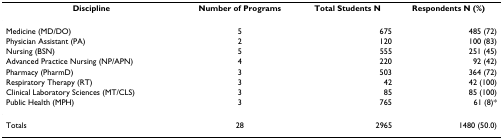
<table><thead><tr><td><b>Discipline</b></td><td><b>Number of Programs</b></td><td><b>Total Students N</b></td><td><b>Respondents N (%)</b></td></tr></thead><tbody><tr><td>Medicine (MD/DO)</td><td>5</td><td>675</td><td>485 (72)</td></tr><tr><td>Physician Assistant (PA)</td><td>2</td><td>120</td><td>100 (83)</td></tr><tr><td>Nursing (BSN)</td><td>5</td><td>555</td><td>251 (45)</td></tr><tr><td>Advanced Practice Nursing (NP/APN)</td><td>4</td><td>220</td><td>92 (42)</td></tr><tr><td>Pharmacy (PharmD)</td><td>3</td><td>503</td><td>364 (72)</td></tr><tr><td>Respiratory Therapy (RT)</td><td>3</td><td>42</td><td>42 (100)</td></tr><tr><td>Clinical Laboratory Sciences (MT/CLS)</td><td>3</td><td>85</td><td>85 (100)</td></tr><tr><td>Public Health (MPH)</td><td>3</td><td>765</td><td>61 (8)*</td></tr><tr><td>Totals</td><td>28</td><td>2965</td><td>1480 (50.0)</td></tr></tbody></table>